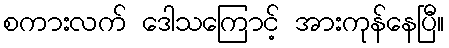
စကားလက် ဒေါသကြောင့် အားကုန်နေပြီ။